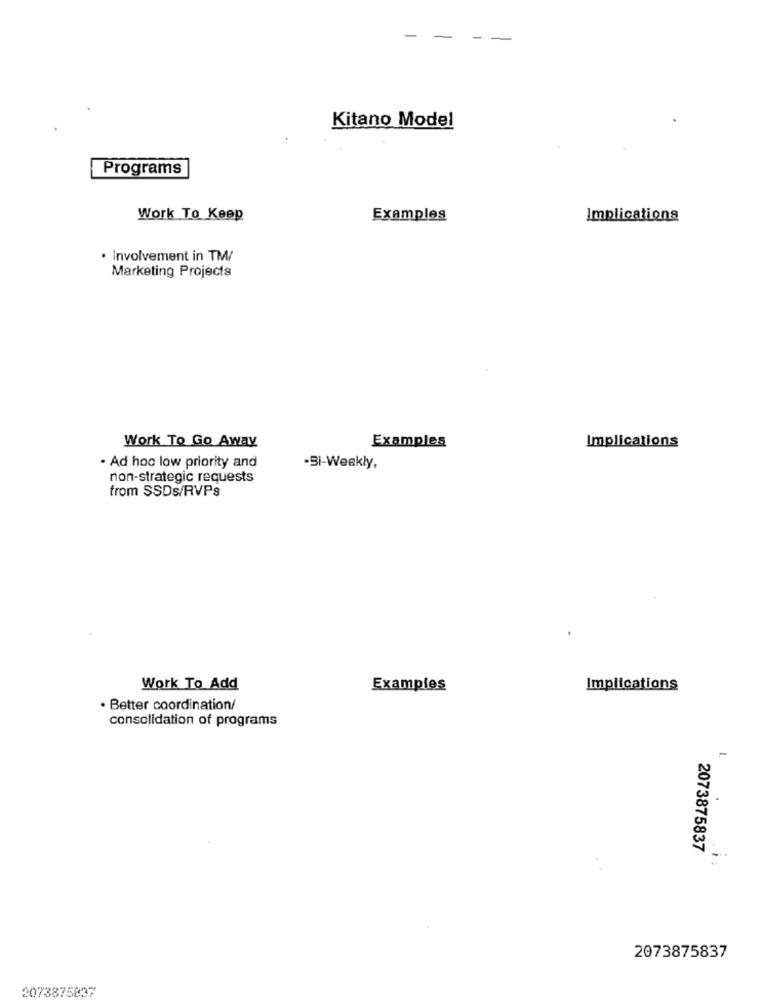
Kitano Model
Programs
Work To Keep
Examples
Implications
· Involvement in TM/
Marketing Projects
Work To Go Away
Examples
Implications
. Ad hoc low priority and
-Bi-Weekly,
non-strategic requests
from SSDs/RVPs
Work To Add
Examples
Implications
· Better coordination/
consolidation of programs
-
2073875837
-
2073875837
2073875837